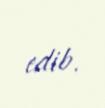
edib.